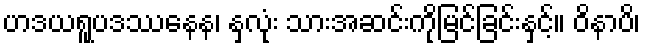
ဟဒယရူပဒဿနေန၊ နှလုံး သားအဆင်းကိုမြင်ခြင်းနှင့်။ ဝိနာပိ၊